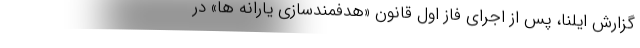
گزارش ایلنا، پس از اجرای فاز اول قانونِ «هدفمندسازی یارانه ها» در